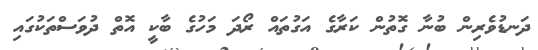
ދަނޑުވެރިން ބުނާ ގޮތުން ކަރާގެ އަގުތައް ރޯދަ މަހުގެ ބާކީ އޮތް ދުވަސްތަކުގައި